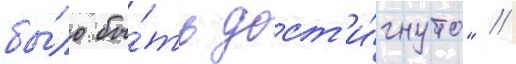
бы́ло бы́ть дост'и́гнуто" //